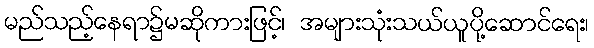
မည်သည့်နေရာ၌မဆိုကားဖြင့်၊ အများသုံးသယ်ယူပို့ဆောင်ရေး၊